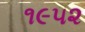
૧૯૫૨